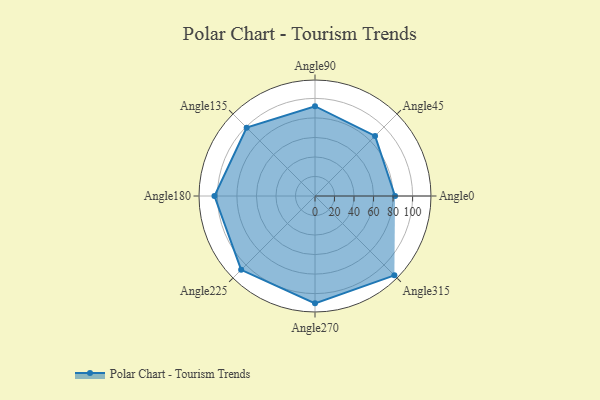
{"axis": {"x": "Angle", "y": "Radius"}, "legend": [""], "data": [{"x": "Angle0", "y": 82.0, "type": ""}, {"x": "Angle45", "y": 87.0, "type": ""}, {"x": "Angle90", "y": 92.0, "type": ""}, {"x": "Angle135", "y": 99.0, "type": ""}, {"x": "Angle180", "y": 103.0, "type": ""}, {"x": "Angle225", "y": 107.0, "type": ""}, {"x": "Angle270", "y": 110.0, "type": ""}, {"x": "Angle315", "y": 115.0, "type": ""}]}